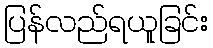
ပြန်လည်ရယူခြင်း